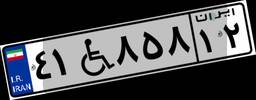
۳۷W۲۱۸۹۶